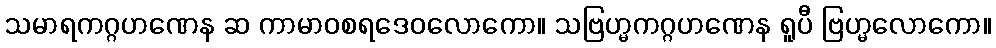
သမာရကဂ္ဂဟဏေန ဆ ကာမာဝစရဒေဝလောကော။ သဗြဟ္မကဂ္ဂဟဏေန ရူပီ ဗြဟ္မလောကော။